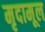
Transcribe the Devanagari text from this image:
मृदामूल